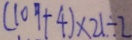
( 1 0 9 + 4 ) \times 2 1 \div 2